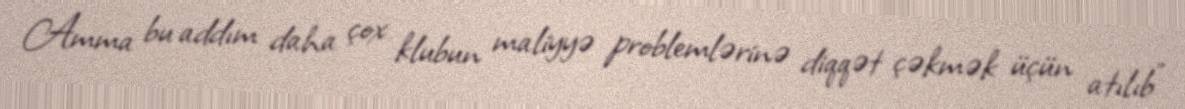
Amma bu addım daha çox klubun maliyyə problemlərinə diqqət çəkmək üçün atılıb"